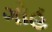
ગોહ